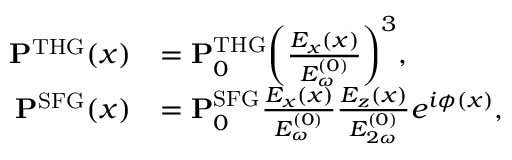
\begin{array} { r l } { \mathbf { P } ^ { \mathrm { T H G } } ( x ) } & { = \mathbf { P } _ { 0 } ^ { \mathrm { T H G } } \bigg ( \frac { E _ { x } ( x ) } { E _ { \omega } ^ { ( 0 ) } } \bigg ) ^ { 3 } , } \\ { \mathbf { P } ^ { \mathrm { S F G } } ( x ) } & { = \mathbf { P } _ { 0 } ^ { \mathrm { S F G } } \frac { E _ { x } ( x ) } { E _ { \omega } ^ { ( 0 ) } } \frac { E _ { z } ( x ) } { E _ { 2 \omega } ^ { ( 0 ) } } e ^ { i \phi ( x ) } , } \end{array}